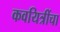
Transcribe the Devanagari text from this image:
कवयित्रींचा